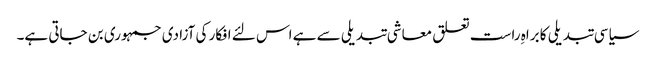
سیاسی تبدیلی کا براہِ راست تعلق معاشی تبدیلی سے ہے اس لئے افکار کی آزادی جمہوری بن جاتی ہے۔